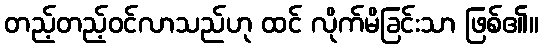
တည့်တည့်ဝင်လာသည်ဟု ထင် လိုက်မိခြင်းသာ ဖြစ်၏။